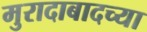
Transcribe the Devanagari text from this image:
मुरादाबादच्या